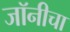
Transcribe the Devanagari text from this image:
जॉनीचा